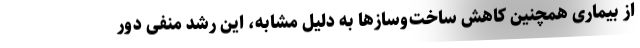
از بیماری همچنین کاهش ساخت‌وسازها به دلیل مشابه، این رشد منفی دور